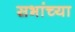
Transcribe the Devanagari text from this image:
सभांच्या